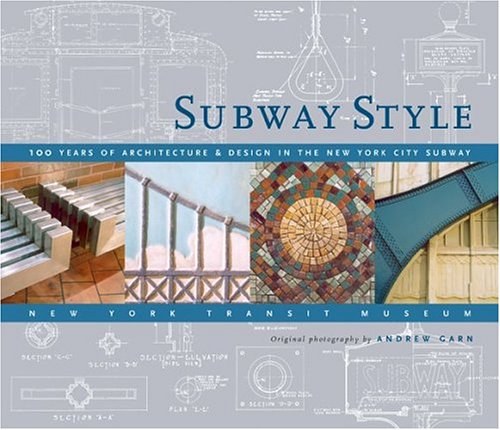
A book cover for Subway Style: 100 Years of Architecture & Design in the New York City Subway; New York Transit Museum; Travel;